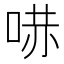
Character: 𠵢